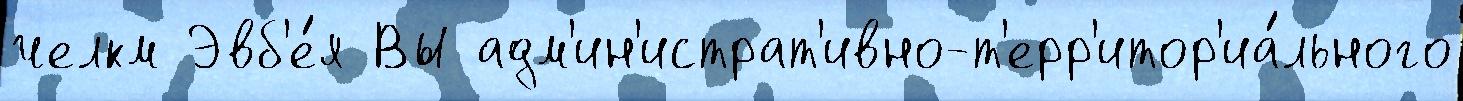
челкм Эвб'е́я Вы адм'ин'истрат'ивно-т'ерр'итор'иа́льного